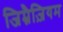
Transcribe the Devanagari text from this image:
जिम्नैज़ियम